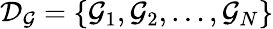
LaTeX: \mathcal{D}_{\mathcal{G}}=\{ \mathcal{G}_{1},\mathcal{G}_{2},\ldots,\mathcal{G}_{N}\}